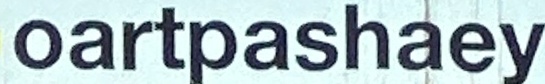
oartpashaey